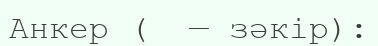
Анкер (  — зәкір):